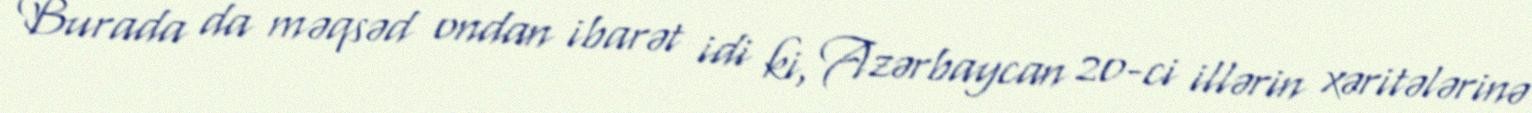
Burada da məqsəd ondan ibarət idi ki, Azərbaycan 20-ci illərin xəritələrinə